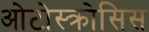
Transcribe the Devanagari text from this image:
ओटोस्क्रोसिस